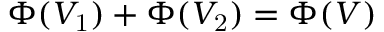
\Phi ( V _ { \mathrm { 1 } } ) + \Phi ( V _ { \mathrm { 2 } } ) = \Phi ( V )